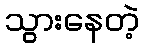
သွားနေတဲ့